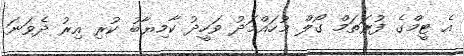
އެ ޓީމްގެ ފުރަތަމް ގޯލް މުހައްމަދު ވަހީދު ކާމިޔާބު ކުރި އިރު ދެވަނަ